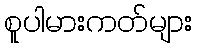
စူပါမားကတ်များ